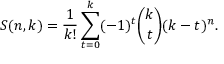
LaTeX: S ( n , k ) = { \frac { 1 } { k ! } } \sum _ { t = 0 } ^ { k } ( - 1 ) ^ { t } { \binom { k } { t } } ( k - t ) ^ { n } .